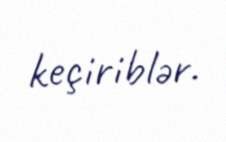
keçiriblər.